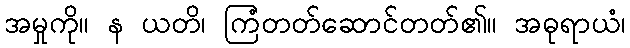
အမှုကို။ န ယတိ၊ ကြံတတ်ဆောင်တတ်၏။ အဓုရာယံ၊